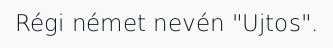
Régi német nevén "Ujtos".